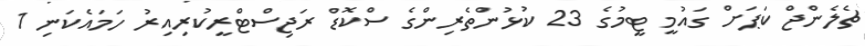
ޗެލެންޖް ކަޕަށް ގައުމީ ޓީމުގެ 23 ކުޅުންތެރިންގެ ސްކޮޑް ރަޖިސްޓްރީކުރިއިރު ހަމައެކަނި 1